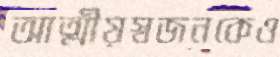
আত্মীয়স্বজনকেও